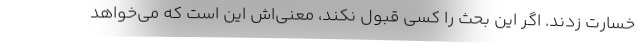
خسارت زدند. اگر این بحث را کسی قبول نکند، معنی‌اش این است که می‌خواهد